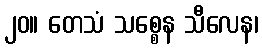
၂၀။ တေသံ သစ္စေန သီလေန၊